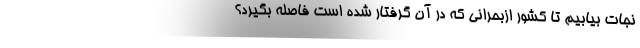
نجات بیابیم تا کشور ازبحرانی که در آن گرفتار شده است فاصله بگیرد؟